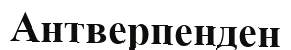
Антверпенден